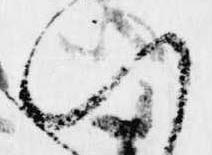
い